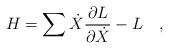
LaTeX: \begin{align*}H = \sum \dot{X} \frac{\partial L}{\partial \dot{X}} - L \quad,\end{align*}